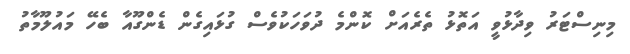
މިނިސްޓަރު ވިދާޅުވީ އަތޮޅު ތެރެއަށް ކޮންމެ ދުވަހަކުވެސް ގުޅައިގެން ޑެންގޫއާ ބެހޭ މައުލޫމާތު